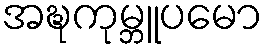
အဍ္ဎကုမ္ဘူပမော